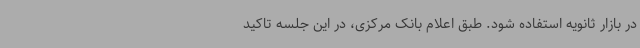
در بازار ثانویه استفاده شود. طبق اعلام بانک مرکزی، در این جلسه تاکید